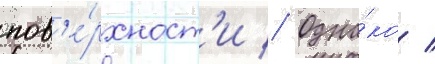
пов'е́рхност'и // Одна́ко /